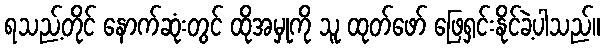
ရသည့်တိုင် နောက်ဆုံးတွင် ထိုအမှုကို သူ ထုတ်ဖော် ဖြေရှင်းနိုင်ခဲ့ပါသည်။